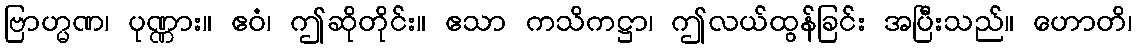
ဗြာဟ္မဏ၊ ပုဏ္ဏား။ ဧဝံ၊ ဤဆိုတိုင်း။ ဧသာ ကသိကဋ္ဌာ၊ ဤလယ်ထွန်ခြင်း အပြီးသည်။ ဟောတိ၊